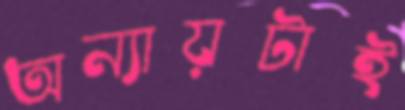
অন্যায়টাই